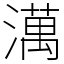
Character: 澫